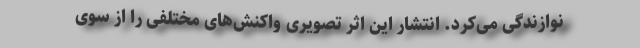
نوازندگی می‌کرد. انتشار این اثر تصویری واکنش‌های مختلفی را از سوی